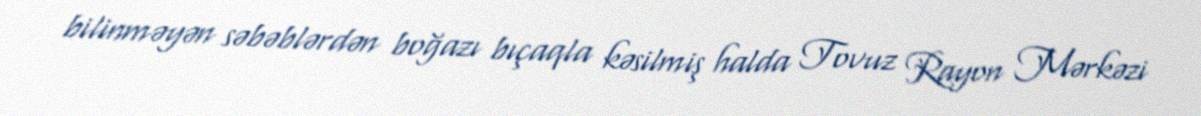
bilinməyən səbəblərdən boğazı bıçaqla kəsilmiş halda Tovuz Rayon Mərkəzi